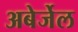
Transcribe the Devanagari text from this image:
अबेर्जेल